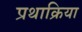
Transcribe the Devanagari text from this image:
प्रथाक्रिया